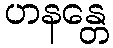
ဟနန္တေ